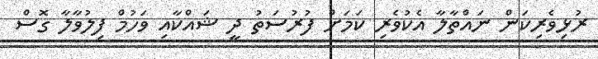
ރުޅިވެރިކަން ނައްތާލާ އެކުވެރި ކަމަށް ފުރުސަތު ދީ ޝައްކާއި ވަހުމް ފިލުވާލާ ގޮސް